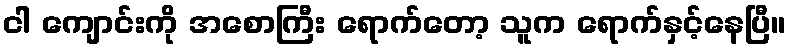
ငါ ကျောင်းကို အစောကြီး ရောက်တော့ သူက ရောက်နှင့်နေပြီ။